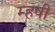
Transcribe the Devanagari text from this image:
म्हषी